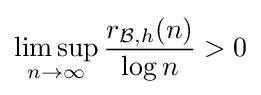
\limsup _{n\to \infty }{\frac {r_{{\mathcal {B}},h}(n)}{\log n}}>0